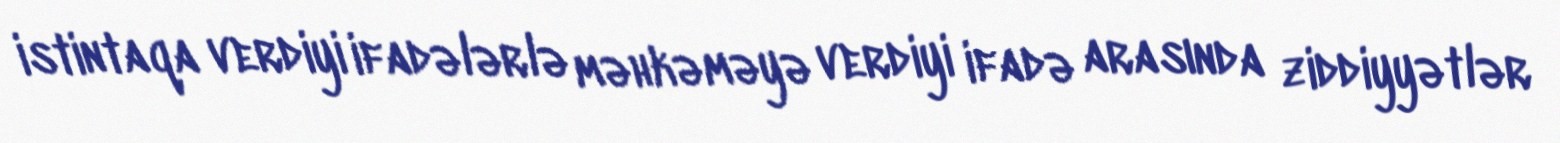
istintaqa verdiyi ifadələrlə məhkəməyə verdiyi ifadə arasında ziddiyyətlər